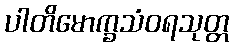
ပါတိမောက္ခသံဝရသုတ္တ